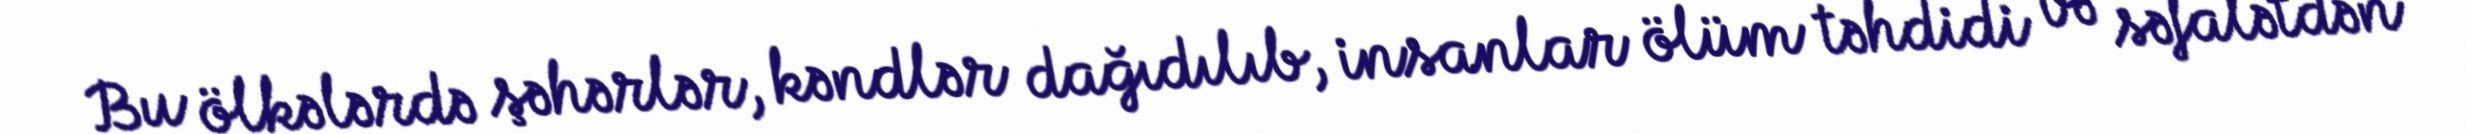
Bu ölkələrdə şəhərlər, kəndlər dağıdılıb, insanlar ölüm təhdidi və səfalətdən